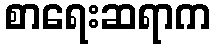
စာရေးဆရာက